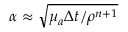
\alpha \approx \sqrt { \mu _ { a } \Delta t / \rho ^ { n + 1 } }